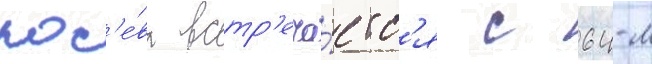
пос'е́ва встр'еча́етс'я с 64-м